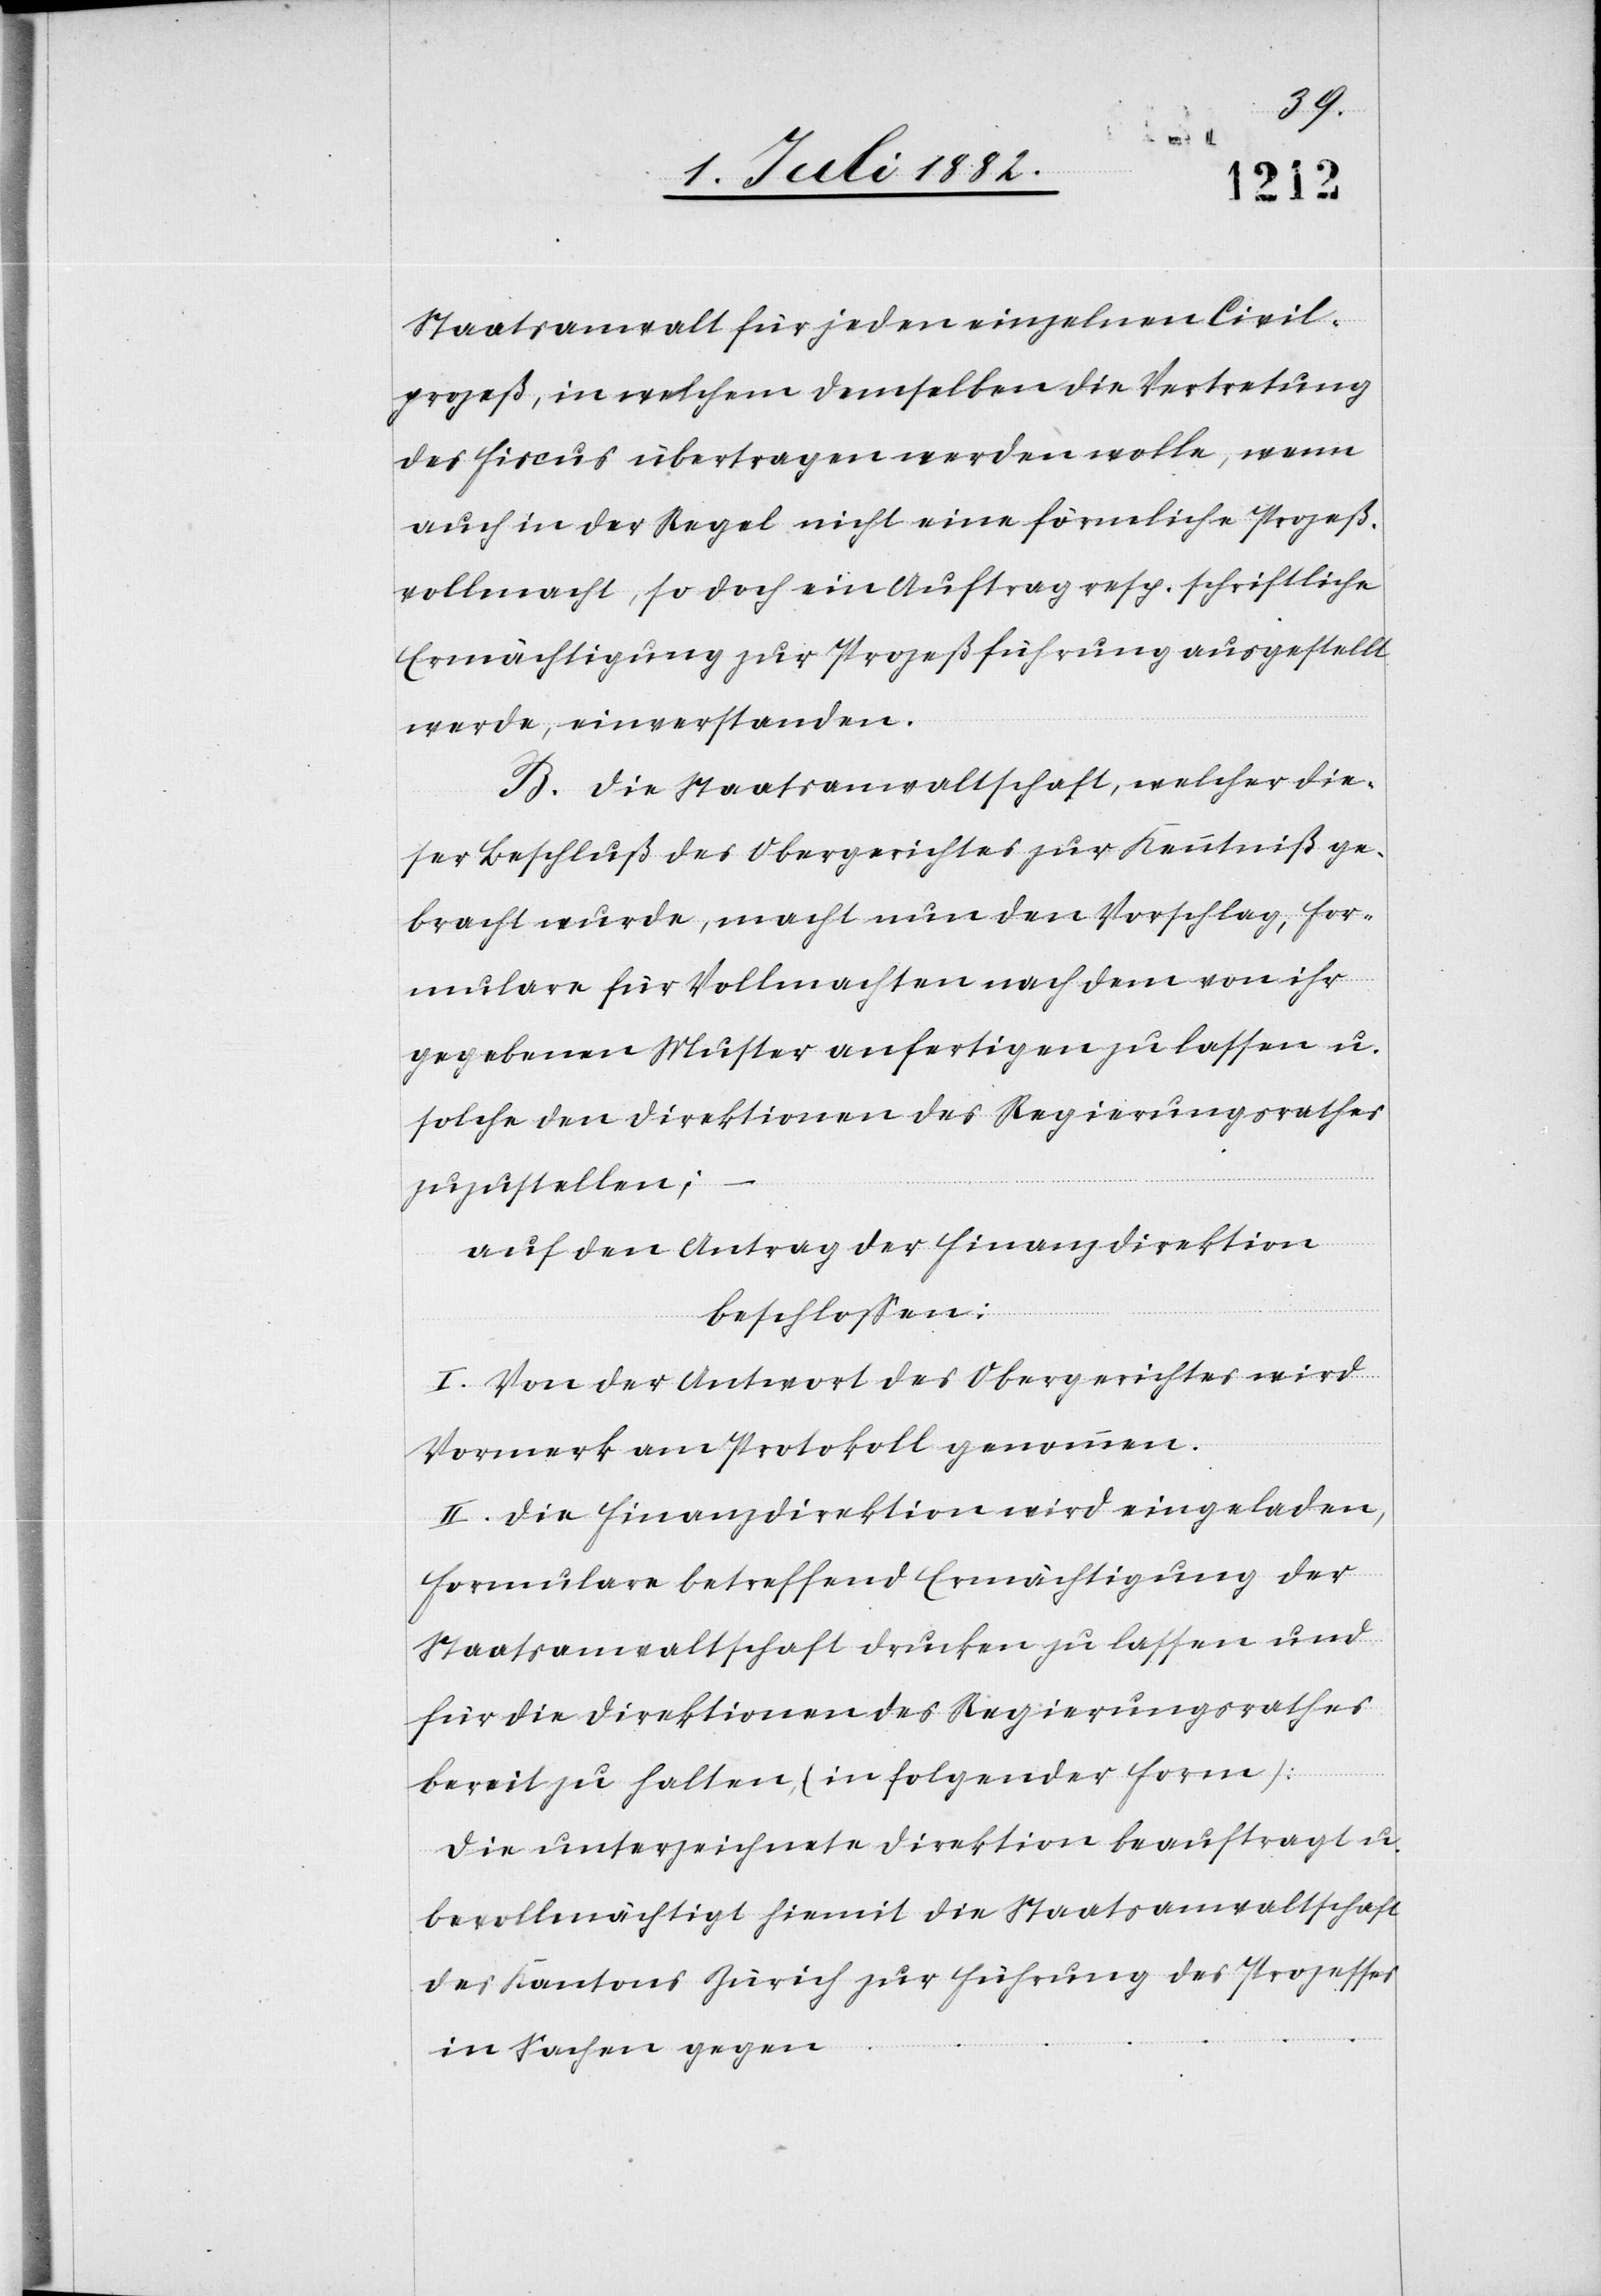
Staatsanwalt für jeden einzelnen Civil¬
prozeß, in welchem demselben die Vertretung
des Fiscus übertragen werden wolle, wenn
auch in der Regel nicht eine förmliche Prozeß¬
vollmacht, so doch ein Auftrag resp. schriftliche
Ermächtigung zur Prozeßführung ausgestellt
werde, einverstanden.
B. Die Staatsanwaltschaft, welcher die¬
ser Beschluß des Obergerichtes zur Kenntniß ge¬
bracht wurde, macht nun den Vorschlag, For¬
mulare für Vollmachten nach dem von ihr
gegebenen Muster anfertigen zu lassen u.
solche den Direktionen des Regierungsrathes
zuzustellen;
auf den Antrag der Finanzdirektion
beschloßen:
I. Von der Antwort des Obergerichtes wird
Vormerk am Protokoll genommen.
II. Die Finanzdirektion wird eingeladen,
Formulare betreffend Ermächtigung der
Staatsanwaltschaft drucken zu lassen und
für die Direktionen des Regierungsrathes
bereit zu halten (in folgender Form):
Die unterzeichnete Direktion beauftragt u.
bevollmächtigt hiemit die Staatsanwaltschaft
des Kantons Zürich zur Führung des Prozesses
in Sachen gegen